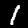
Digit: 1